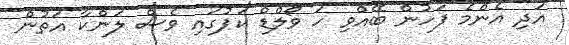
އަދި އެންމެ ފަހުން ބޭއްވި ހަ ވޯލްޑް ކަޕުގައި ވެސް ލަންކާ އަތުން